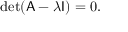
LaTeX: \operatorname* { d e t } ( { \mathsf { A } } - \lambda { \mathsf { I } } ) = 0 .